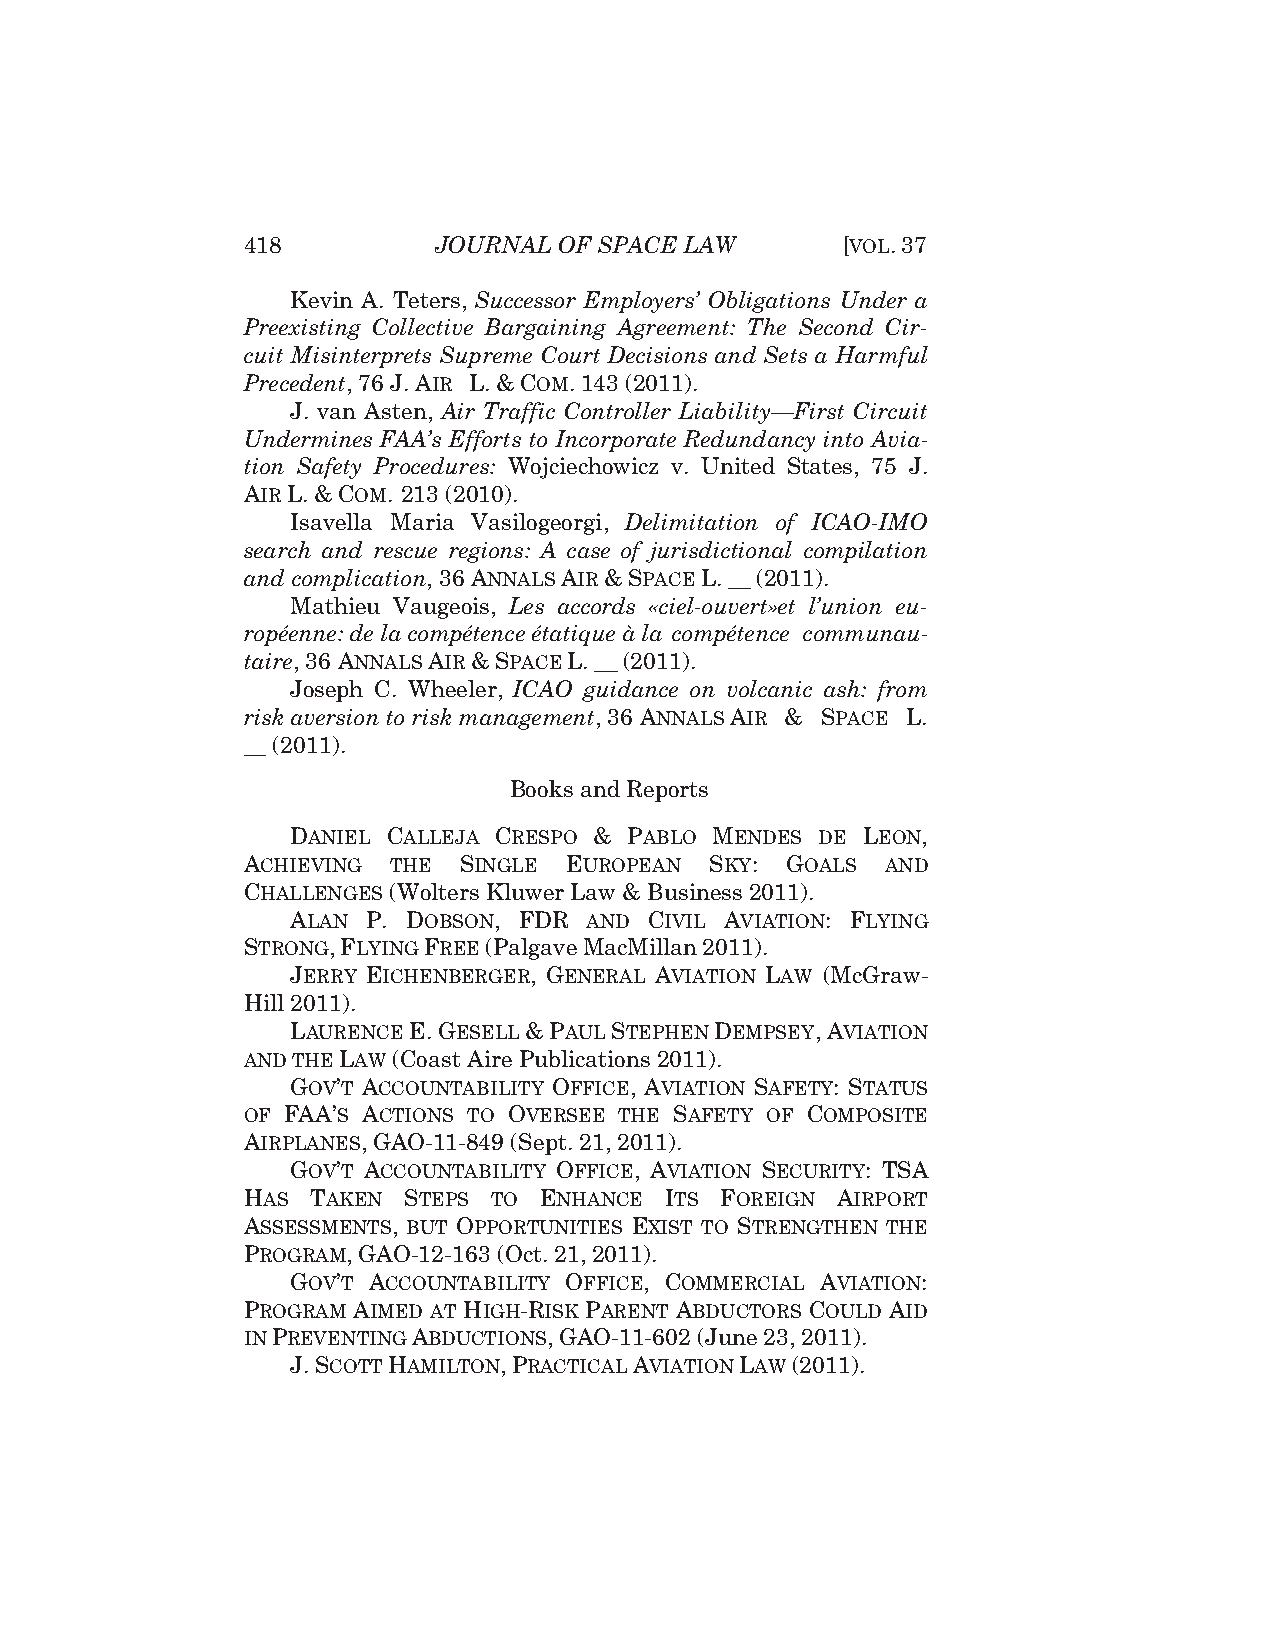
418          JOURNAL OF SPACE LAW       [VOL.37
 Kevin A. Teters, Successor Employers’ Obligations Under a
 Preexisting Collective Bargaining Agreement: The Second Cir-
 cuit Misinterprets Supreme Court Decisions and Sets a Harmful
 Precedent, 76 J.AIR L.&COM. 143 (2011).
 J. van Asten, Air Traffic Controller Liability—First Circuit
 Undermines FAA’s Efforts to Incorporate Redundancy into Avia-
 tion Safety Procedures: Wojciechowicz v. United States, 75 J.
 AIR L.&COM. 213 (2010).
 Isavella Maria Vasilogeorgi, Delimitation of ICAO-IMO
 search and rescue regions: A case of jurisdictional compilation
 and complication, 36 ANNALSAIR &SPACEL.__ (2011).
 Mathieu Vaugeois, Les accords «ciel-ouvert»et l’union eu-
 ropéenne: de la compétence étatique à la compétence communau-
 taire, 36 ANNALSAIR &SPACEL.__ (2011).
 Joseph C. Wheeler, ICAO guidance on volcanic ash: from
 risk aversion to risk management, 36 ANNALSAIR & SPACE L.
 __ (2011).
 Books and Reports
 DANIEL CALLEJA CRESPO & PABLO MENDES DE LEON,
 ACHIEVING THE SINGLE EUROPEAN  SKY: GOALS  AND
 CHALLENGES (Wolters Kluwer Law & Business 2011).
 ALAN P. DOBSON, FDR AND CIVIL AVIATION: FLYING
 STRONG,FLYING FREE(Palgave MacMillan2011).
 JERRY EICHENBERGER, GENERAL AVIATION LAW (McGraw-
 Hill 2011).
 LAURENCEE.GESELL&PAULSTEPHEN DEMPSEY,AVIATION
 AND THE LAW (Coast Aire Publications 2011).
 GOV’T ACCOUNTABILITY OFFICE, AVIATION SAFETY: STATUS
 OF FAA’S ACTIONS TO OVERSEE THE SAFETY OF COMPOSITE
 AIRPLANES, GAO-11-849 (Sept. 21, 2011).
 GOV’T ACCOUNTABILITY OFFICE, AVIATION SECURITY: TSA
 HAS  TAKEN STEPS TO ENHANCE ITS FOREIGN AIRPORT
 ASSESSMENTS, BUT OPPORTUNITIES EXIST TO STRENGTHEN THE
 PROGRAM, GAO-12-163 (Oct. 21, 2011).
 GOV’T ACCOUNTABILITY OFFICE, COMMERCIAL AVIATION:
 PROGRAM AIMED AT HIGH-RISK PARENT ABDUCTORS COULD AID
 IN PREVENTING ABDUCTIONS, GAO-11-602 (June 23, 2011).
 J.SCOTTHAMILTON,PRACTICAL AVIATION LAW (2011).